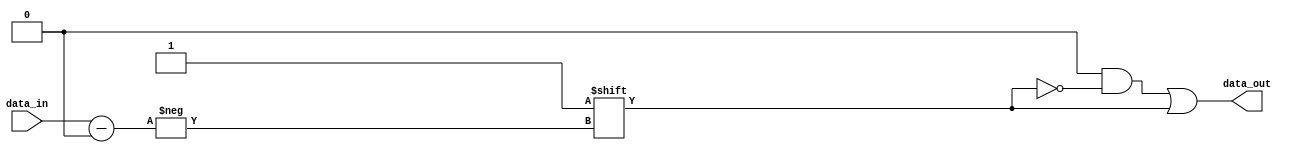
// Template for problem c

module three_eight_dec(data_out, data_in);
	output reg [7:0] data_out;
	input [2:0] data_in;
	always @(data_in)
	begin
		data_out = 8'b00000000;
		data_out[data_in] = 1'b1;
	end
	
endmodule